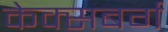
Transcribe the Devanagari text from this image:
केक्सबर्ग